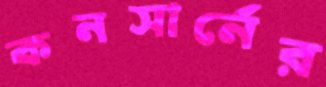
কনসার্নের